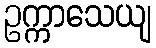
ဥက္ကာသေယျ